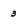
Character: 3